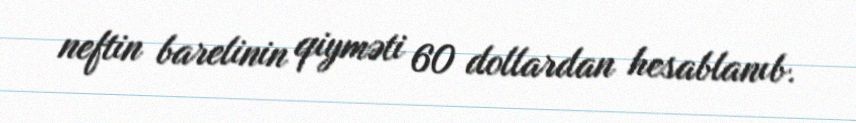
neftin barelinin qiyməti 60 dollardan hesablanıb.